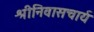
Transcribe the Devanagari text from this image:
श्रीनिवासचार्य